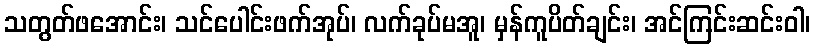
သတွတ်ဖအောင်း၊ သင်ပေါင်းဖက်အုပ်၊ လက်ခုပ်မအူ၊ မှန်ကူပိတ်ချင်း၊ အင်ကြင်းဆင်းဝါ၊